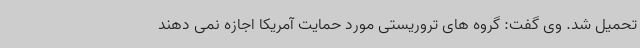
تحمیل شد. وی گفت: گروه های تروریستی مورد حمایت آمریکا اجازه نمی دهند